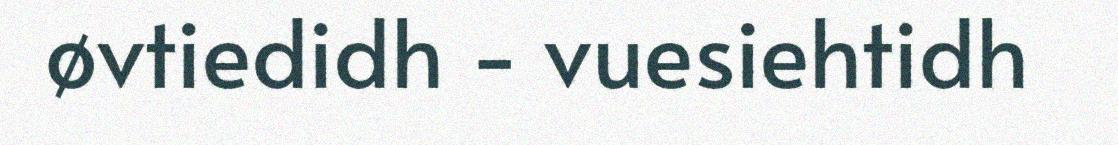
øvtiedidh - vuesiehtidh